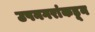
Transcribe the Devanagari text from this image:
उपनगरांकडून